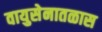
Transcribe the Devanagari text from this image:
वायुसेनातळास